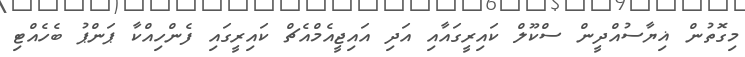
މިގޮތުން ޣިޔާސުއްދީން ސްކޫލް ކައިރީގައާއި އަދި އައިޖީއެމްއެޗް ކައިރީގައި ފެންހިއްކާ ޕަންޕު ބެހެއްޓި